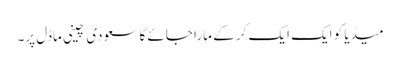
میڈیا کو ایک ایک کر کے مارا جائے گا سعودی چینی ماڈل پر۔